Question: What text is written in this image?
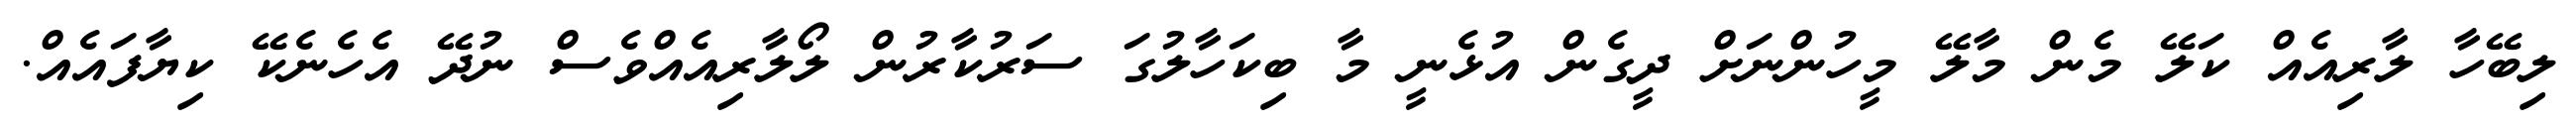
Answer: ލިބޭހާ ލާރިއެއް ކަލޭ މެން މާލޭ މީހުންނަށް ދީގެން އުޅެނީ މާ ބިކަހާލުގަ ސަރުކާރުން ލޯލާރިއެއްވެސް ނުދޭ އެހެނެކޭ ކިޔާފައެއް.